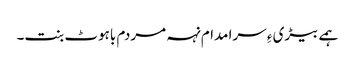
ہمے بیڑی ءِ سرا مدام نہہ مردم باہوٹ بنت۔